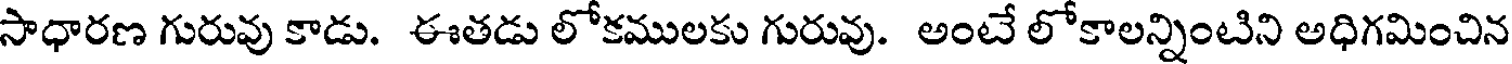
సాధారణ గురువు కాడు. ఈతడు లోకములకు గురువు. అంటే లోకాలన్నింటిని అధిగమించిన